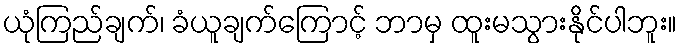
ယုံကြည်ချက်၊ ခံယူချက်ကြောင့် ဘာမှ ထူးမသွားနိုင်ပါဘူး။